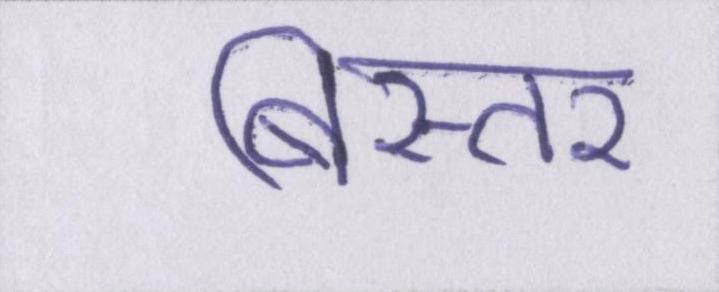
बिस्तर